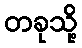
တခုသို့